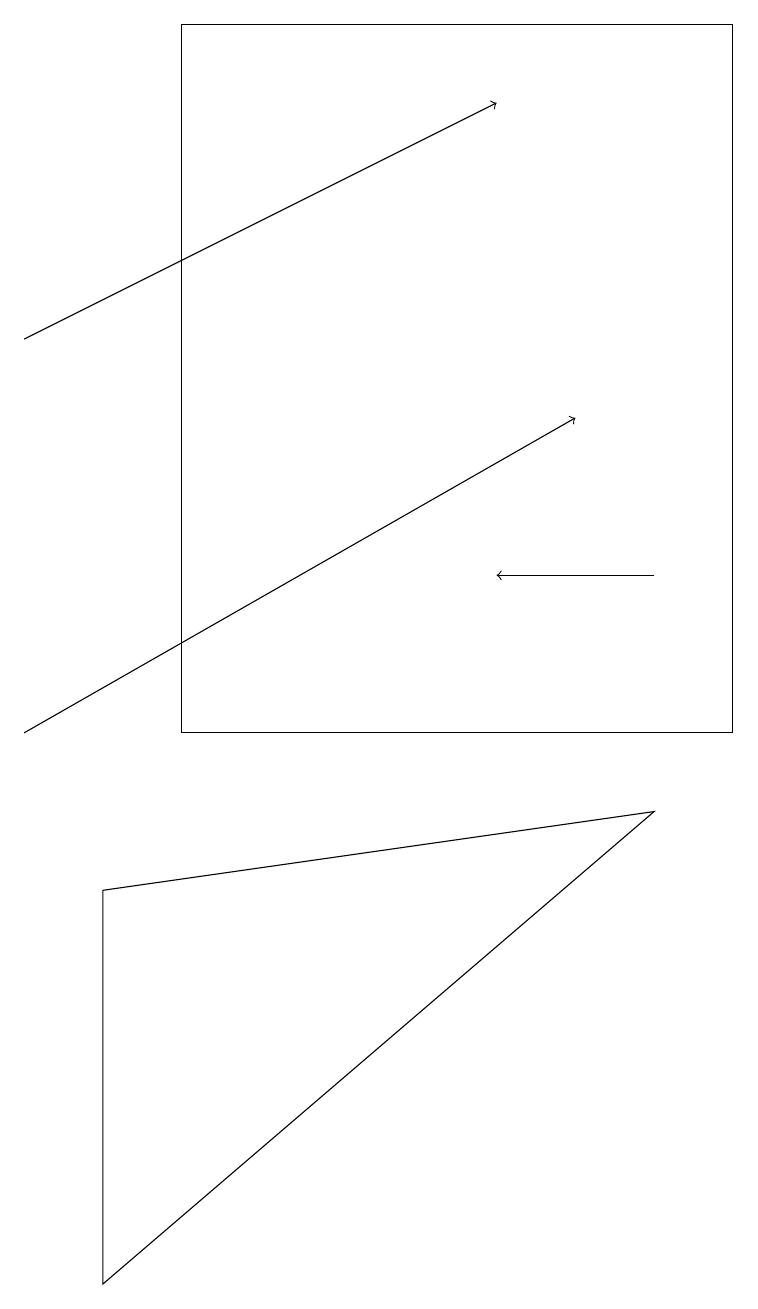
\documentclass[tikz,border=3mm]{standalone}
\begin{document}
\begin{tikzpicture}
\draw[->] (0,10) -- (7,14);
\draw[->] (0,15) -- (6,18);
\draw[->] (8,12) -- (6,12);
\draw (2,19) rectangle (9,10);
\draw (1,3) -- (1,8) -- (8,9) -- cycle;
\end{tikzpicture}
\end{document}